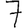
Digit: 7